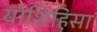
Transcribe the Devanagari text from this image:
योशिहिसा